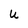
Character: u